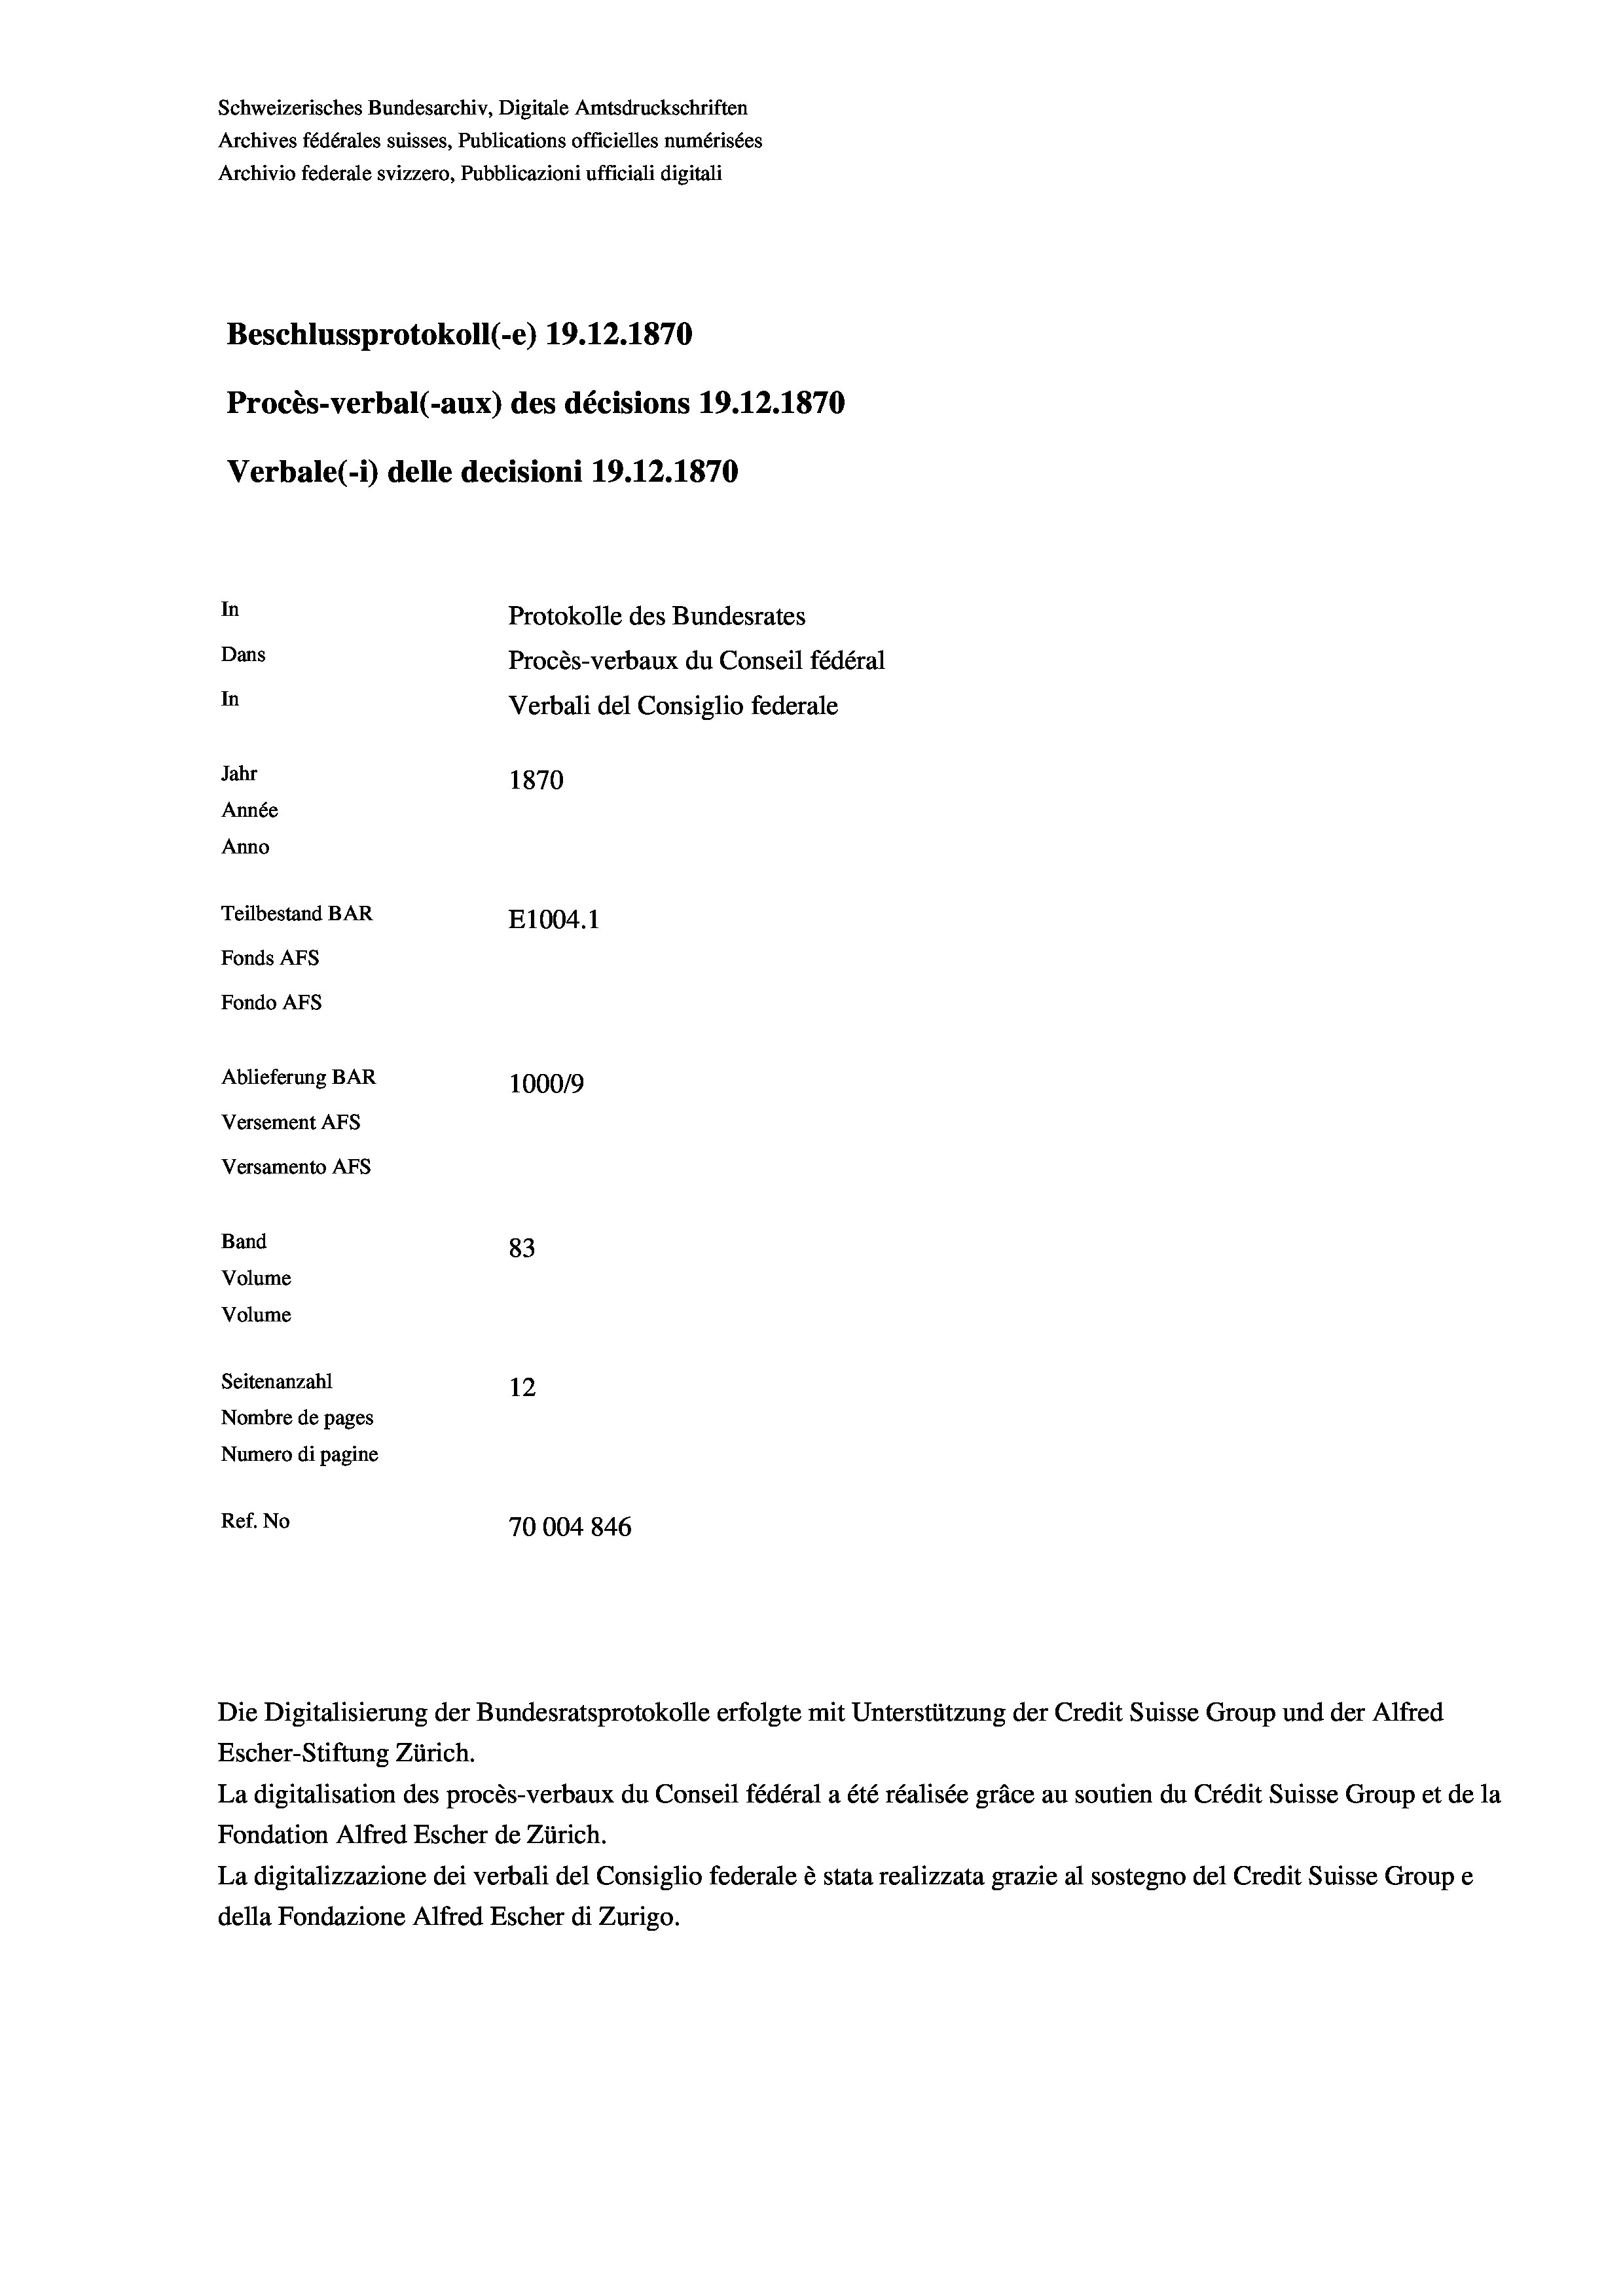
Schweizerisches Bundesarchiv, Digitale Amtsdruckschriften
Archives fédérales suisses, Publications officielles numérisées
Archivio federale svizzero, Pubblicazioni ufficiali digitali
Beschlussprotokoll (-e) 19.12.1870
Procès-verbal (-aux) des décisions 19.12.1870
Verbale (1) delle decisioni 19.12.1870
In
Protokolle des Bundesrates
Dans
Procès-verbaux du Conseil fédéral
In
Verbali del Consiglio federale
Jahr
1870
Année
Anno
Teilbestand BAR
E1004.1
Fonds Afs
Fondo AFs
Ablieferung BAR
1000/9
Versement Abs
Versamento Afs
Band
83
Volume
Volume
Seitenanzahl
12
Nombre de pages
Numero di pagine

Ref. No
70004846
Die Digitalisierung der Bundesratsprotokolle erfolgte mit Unterstützung der Credit Suisse Group und der Alfred
Escher-Stiftung Zürich.

La digitalisation des procès-verbaux du Conseil fédéral a été réalisée gräce au soutien du Crédit Suisse Group et de la
Fondation Alfred Escher de Zürich.
La digitalizzazione dei verbali del Consiglio federale è stata realizzata grazie al sostegno del Credit Suisse Groupe
della Fondazione Alfred Escher di Zurigo.